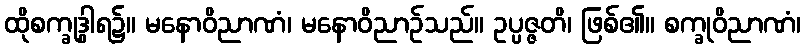
ထိုစက္ခုဒွါရ၌။ မနောဝိညာဏံ၊ မနောဝိညာဉ်သည်။ ဥပ္ပဇ္ဇတိ၊ ဖြစ်၏။ စက္ခုဝိညာဏံ၊